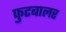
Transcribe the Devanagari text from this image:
फुटबालर